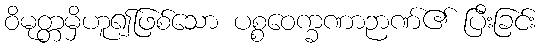
ဝိမုတ္တမှိဟူ၍ဖြစ်သော ပစ္စဝေက္ခဏာဉာဏ်၏ ပြီးခြင်း